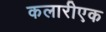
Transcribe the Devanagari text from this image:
कलारीएक